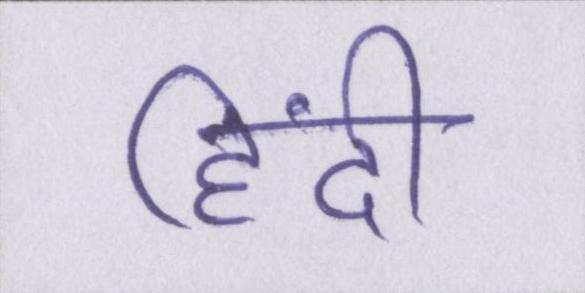
हिंदी